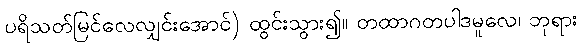
ပရိသတ်မြင်လေလျှင်းအောင်) ထွင်းသွား၍။ တထာဂတပါဒမူလေ၊ ဘုရား